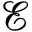
\mathcal { E }